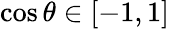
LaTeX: \cos{\theta}\in[-1,1]